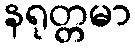
နရုတ္တမာ